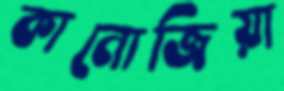
কানোজিয়া